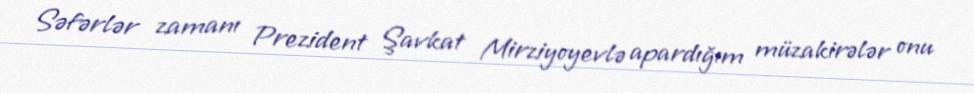
Səfərlər zamanı Prezident Şavkat Mirziyoyevlə apardığım müzakirələr onu